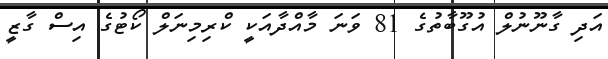
އަދި ގާނޫނުލް އުގޫބާތުގެ 81 ވަނަ މާއްދާއަކީ ކްރިމިނަލް ކޯޓުގެ އިސް ގާޒީ